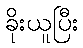
ခိုးယူပြီး